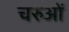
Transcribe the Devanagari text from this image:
चरुओं